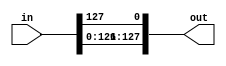
module rotl (
  input [127:0]in,
  output [127:0]out
);

  assign out = {in[126:0], in[127]};
  
endmodule